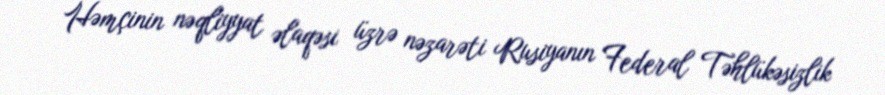
Həmçinin nəqliyyat əlaqəsi üzrə nəzarəti Rusiyanın Federal Təhlükəsizlik